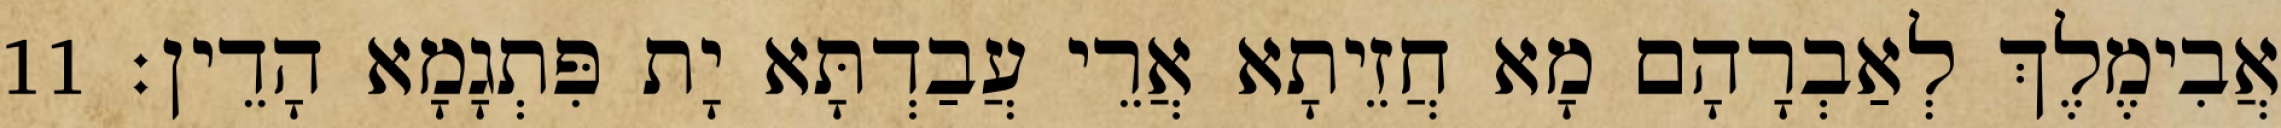
אֲבִימֶלֶךְ לְאַבְרָהָם מָא חֲזֵיתָא אֲרֵי עֲבַדְתָּא יָת פִּתְגָמָא הָדֵין׃ 11